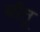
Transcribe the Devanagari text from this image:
बाँतू